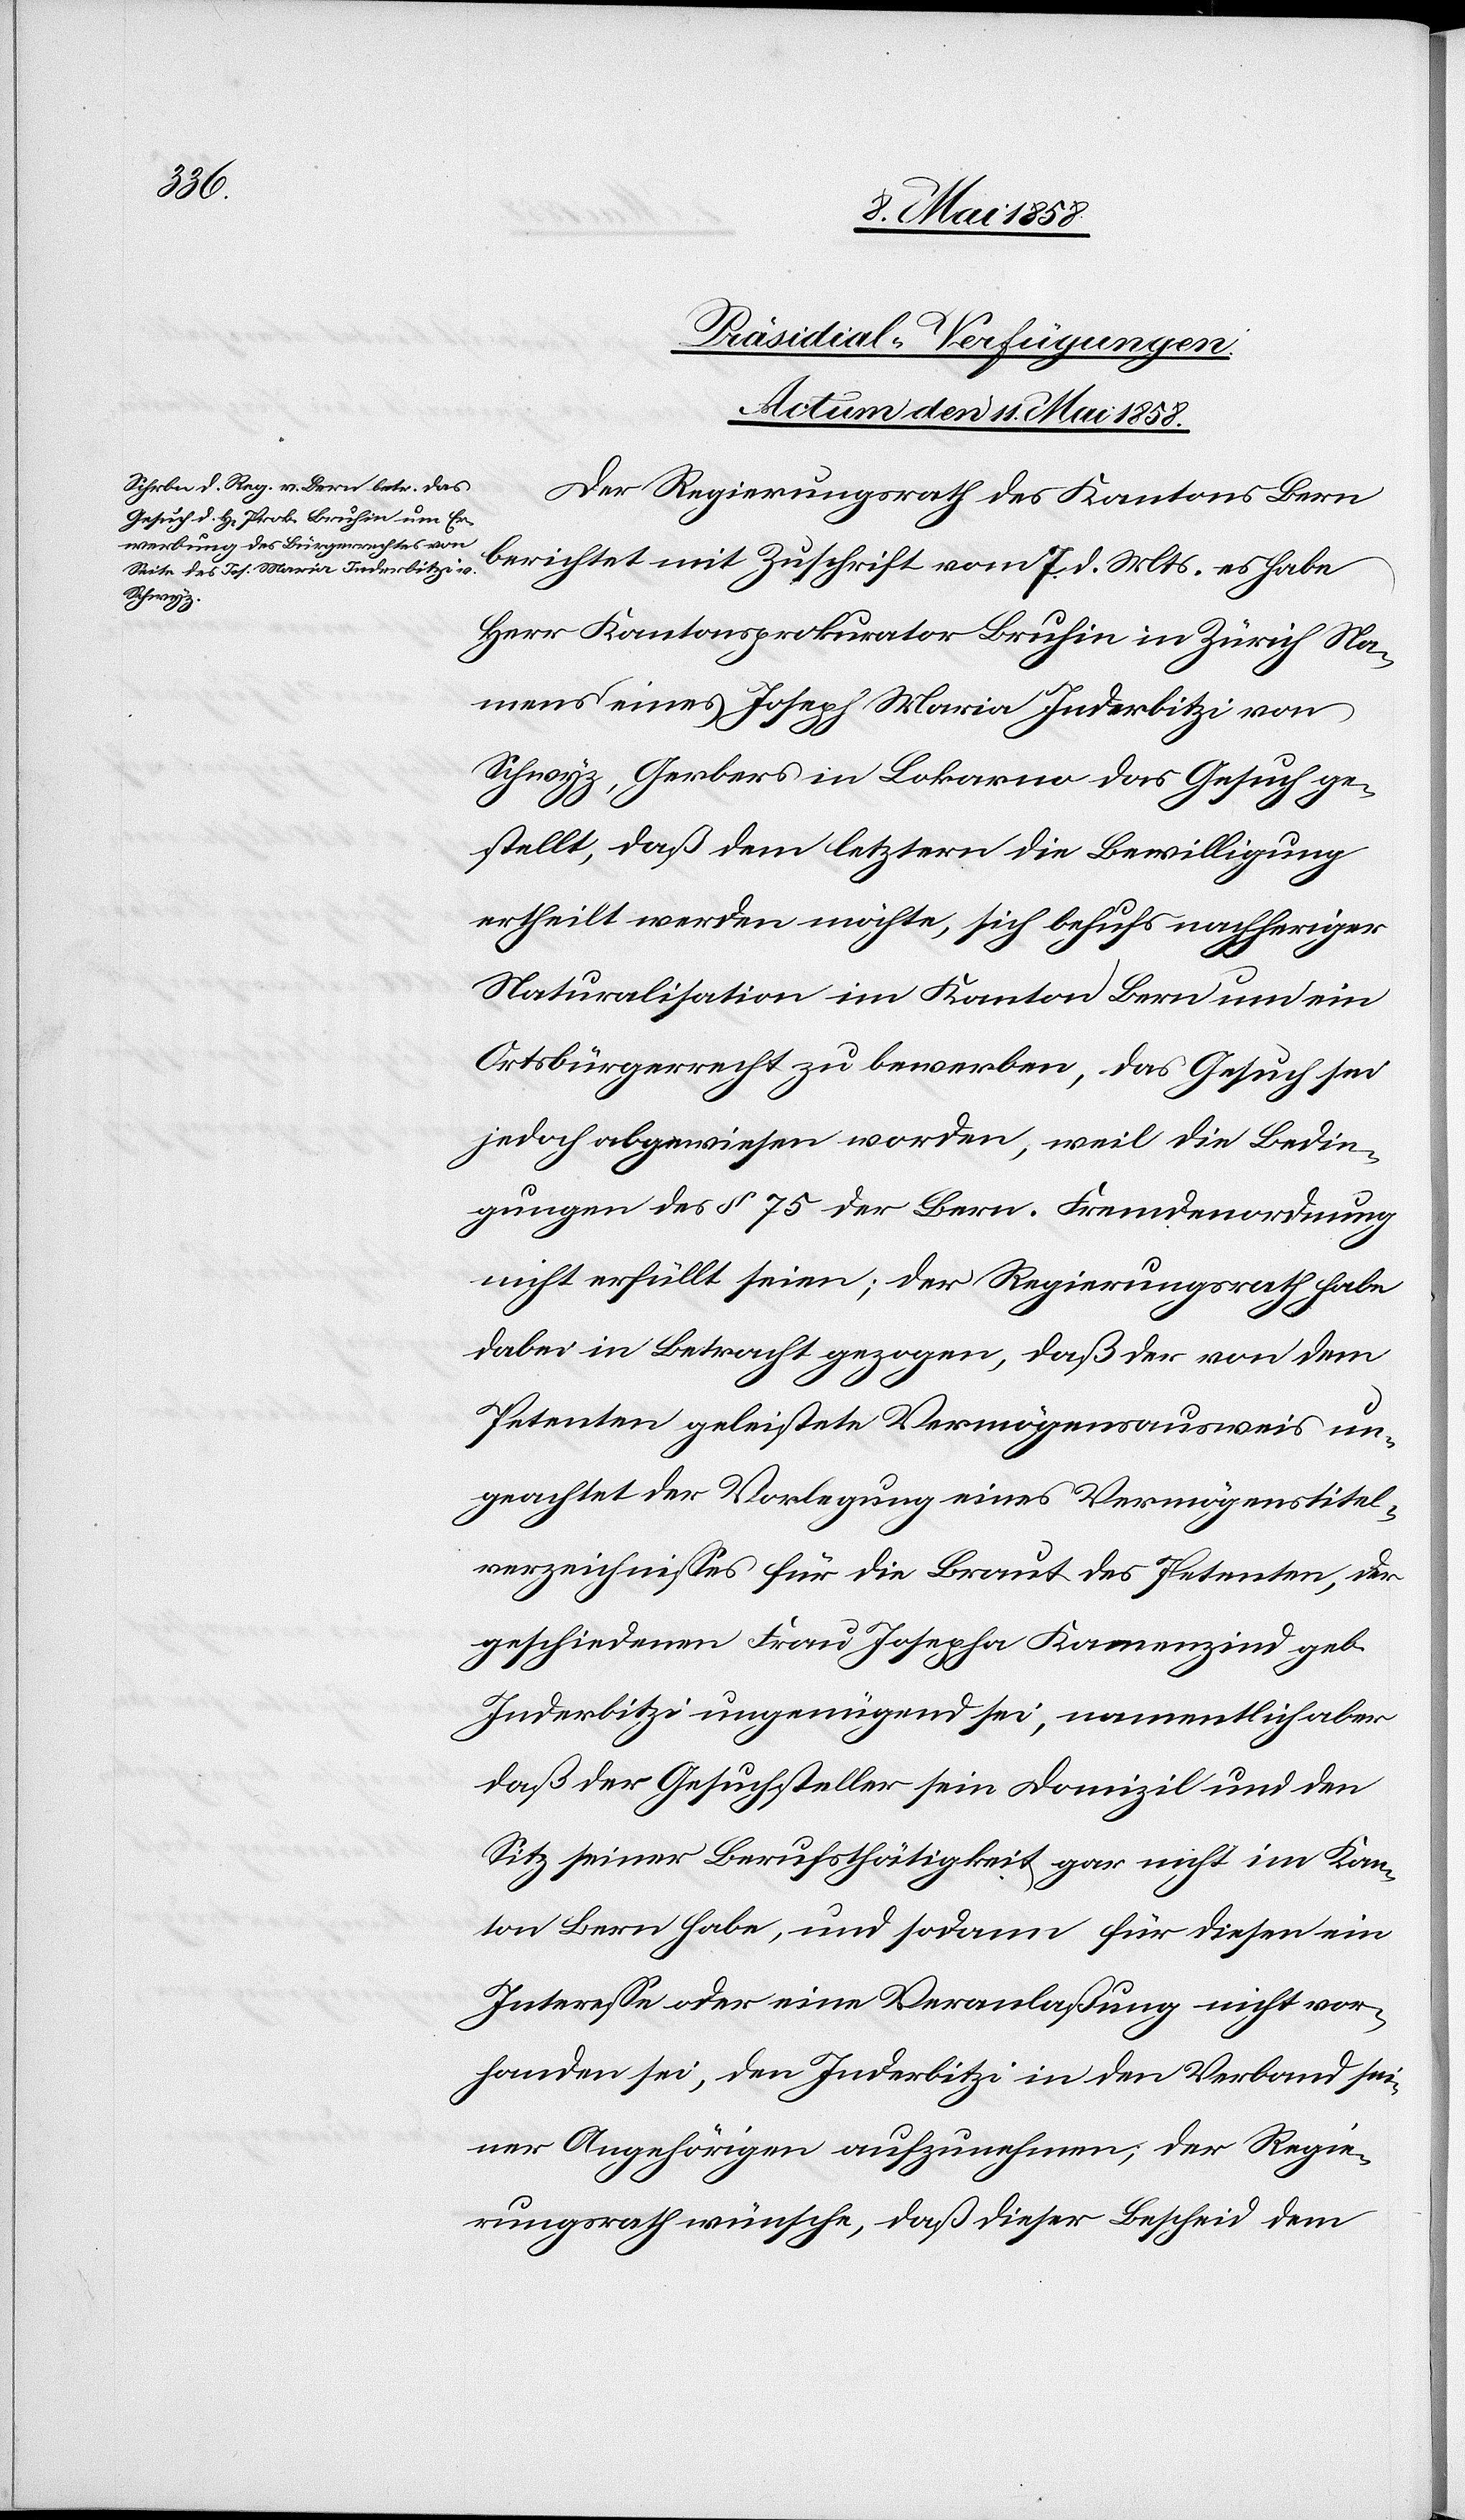
Präsidial-Verfügungen.
Actum den 11. Mai 1858.
Der Regierungsrath des Kantons Bern
berichtet mit Zuschrift vom 7. d. Mts. es habe
Herr Kantonsprokurator Bruhin in Zürich Na¬
mens eines Joseph Maria Inderbitzi von
Schwyz, Gerbers in Lokarno das Gesuch ge¬
stellt, daß dem letztern die Bewilligung
ertheilt werden möchte, sich behufs nachheriger
Naturalisation im Kanton Bern um ein
Ortsbürgerrecht zu bewerben, das Gesuch sei
jedoch abgewiesen worden, weil die Bedin¬
gungen des § 75 der Bern. Fremdenordnung
nicht erfüllt seien; der Regierungsrath habe
dabei in Betracht gezogen, daß der von dem
Petenten geleistete Vermögensausweis un¬
geachtet der Vorlegung eines Vermögenstitel¬
verzeichnisses für die Braut des Petenten, der
geschiedenen Frau Josepha Kamenzind geb.
Inderbitzi ungenügend sei, namentlich aber
daß der Gesuchsteller sein Domizil und den
Sitz seiner Berufsthätigkeit gar nicht im Kan¬
ton Bern habe, und sodann für diesen ein
Interesse oder eine Veranlaßung nicht vor¬
handen sei, den Inderbitzi in den Verband sei¬
ner Angehörigen aufzunehmen; der Regie¬
rungsrath wünsche, daß dieser Bescheid dem